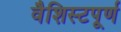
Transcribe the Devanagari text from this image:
वैशिस्टपूर्ण